Civil Veterinary Dept. Bombay admin report 1907-1913 - 1907-1913
Year: 1907
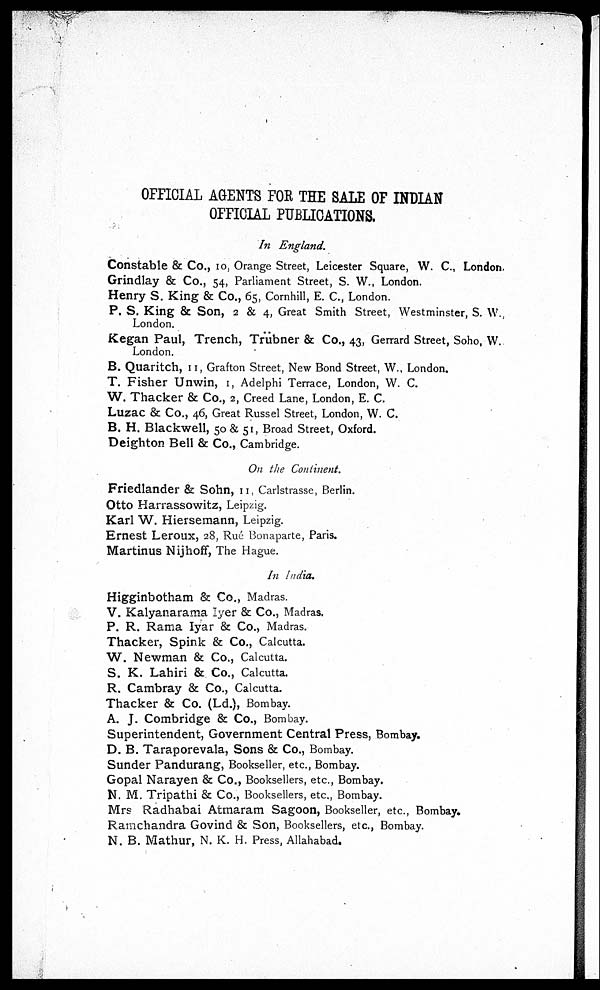
OFFICIAL AGENTS FOE THE SALE OF INDIAN
OFFICIAL PUBLICATIONS.
In England.
Constable & Co., 10, Orange Street, Leicester Square, W. C, London.
Grindlay & Co., 54, Parliament Street, S. W., London.
Henry S. King & Co., 65, Cornhill, E. C., London.
P. S. King & Son, 2 & 4, Great Smith Street, Westminster, S. W.,
London.
Kegan Paul, Trench, Trübner & Co., 43, Gerrard Street, Soho, W.
London.
B. Quaritch, 11, Grafton Street, New Bond Street, W., London.
T. Fisher Unwin, 1, Adelphi Terrace, London, W. C.
W. Thacker & Co., 2, Creed Lane, London, E. C.
Luzac & Co., 46, Great Russel Street, London, W. C.
B. H. Blackwell, 50 & 51, Broad Street, Oxford.
Deighton Bell & Co., Cambridge.
On the Continent.
Friedlander & Sohn, 11, Carlstrasse, Berlin.
Otto Harrassowitz, Leipzig.
Karl W. Hiersemann, Leipzig.
Ernest Leroux, 28, Rue Bonaparte, Paris.
Martinus Nijhoff, The Hague.
In India,
Higginbotham & Co., Madras.
V. Kalyanarama Iyer & Co., Madras.
P. R. Rama lyar & Co., Madras.
Thacker, Spink & Co., Calcutta.
W. Newman & Co., Calcutta.
S. K. Lahiri &. Co., Calcutta.
R. Cambray & Co., Calcutta.
Thacker & Co. (Ld.), Bombay.
A. J. Combridge & Co., Bombay.
Superintendent, Government Central Press, Bombay.
D. B. Taraporevala, Sons & Co., Bombay.
Sunder Pandurang, Bookseller, etc., Bombay.
Gopal Narayen & Co., Booksellers, etc., Bombay.
N. M. Tripathi & Co., Booksellers, etc., Bombay.
Mrs Radhabai Atmaram Sagoon, Bookseller, etc., Bombay.
Ramchandra Govind & Son, Booksellers, etc., Bombay.
N. B. Mathur, N. K. H. Press, Allahabad.